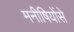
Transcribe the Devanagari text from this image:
मनीषियोंसे